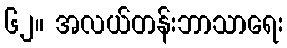
၆၂။ အလယ်တန်းဘာသာရေး